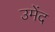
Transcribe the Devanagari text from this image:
उमेंद